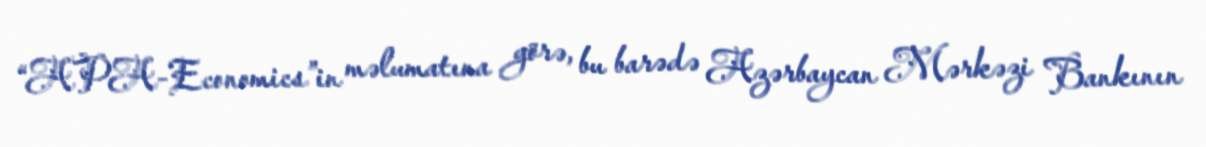
“APA-Economics”in məlumatına görə, bu barədə Azərbaycan Mərkəzi Bankının